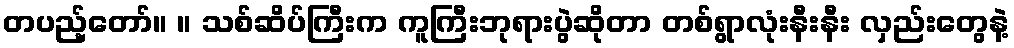
တပည့်တော်။ ။ သစ်ဆိပ်ကြီးက ကူကြီးဘုရားပွဲဆိုတာ တစ်ရွာလုံးနီးနီး လှည်းတွေနဲ့